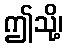
ဤသို့၊